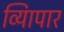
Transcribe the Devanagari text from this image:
व्यािपार